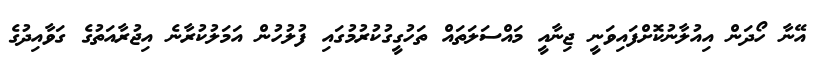
އޭނާ ހޯދަން އިއުލާނުކޮށްފައިވަނީ ޖިނާއީ މައްސަލަތައް ތަހުގީގުކުރުމުގައި ފުލުހުން އަމަލުކުރާނެ އިޖުރާއަތުގެ ގަވާއިދުގެ